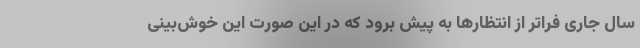
سال جاری فراتر از انتظارها به پیش برود که در این صورت این خوش‌بینی